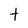
Character: t